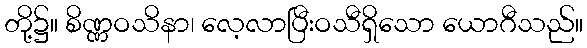
တို့၌။ စိဏ္ဏဝသိနာ၊ လေ့လာပြီးဝသီရှိသော ယောဂီသည်။